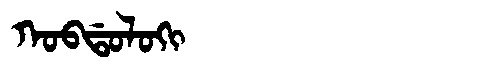
Manchu: ᡴᠣᠪᡩᠣᠯᠣᡴᡳ
Romanization: KOBDOLOKI